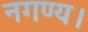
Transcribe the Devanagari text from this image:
नगण्य।